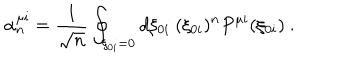
\alpha _ { n } ^ { \mu i } = \frac { 1 } { \sqrt { n } } \oint _ { \xi _ { 0 i } = 0 } d \xi _ { 0 i } \ ( \xi _ { 0 i } ) ^ { n } P ^ { \mu i } ( \xi _ { 0 i } ) \ .